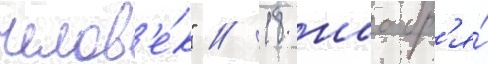
челов'е́к" // 18 ноабр'я́